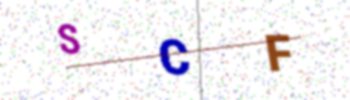
Text: SCF